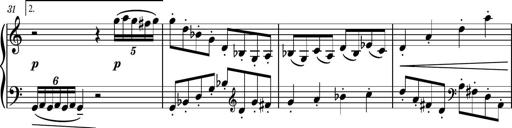
Title: Piano Sonatina No.3
Composer: Dimitri Sykias
Key: C major